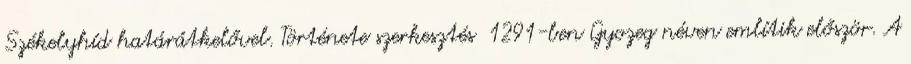
Székelyhíd határátkelővel. Története szerkesztés 1291-ben Gyozeg néven említik először. A